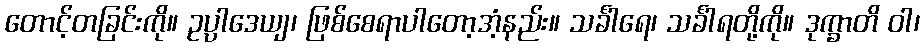
တောင့်တခြင်းကို။ ဥပ္ပါဒေယျ၊ ဖြစ်စေရာပါတော့အံ့နည်း။ သင်္ခါရေ၊ သင်္ခါရတို့ကို။ ဒုက္ခာတိ ဝါ၊